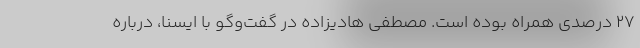
۲۷ درصدی همراه بوده است. مصطفی هادیزاده در گفت‌وگو با ایسنا، درباره